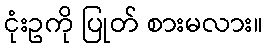
ငုံးဥကို ပြုတ် စားမလား။